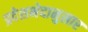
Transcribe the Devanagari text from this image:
प्रदेशभेदानुसार